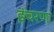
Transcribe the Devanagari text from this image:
इंचरणा